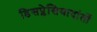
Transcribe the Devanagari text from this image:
डिसप्लेसियादांतों